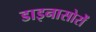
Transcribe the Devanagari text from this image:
डाइनासोरों